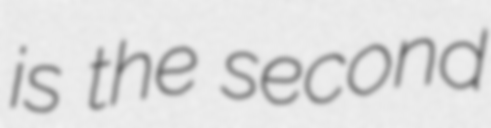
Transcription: is the second